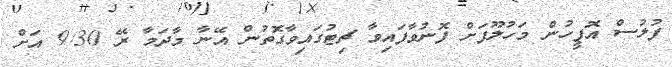
ފުލުސް އޮފީހުން މަހުލޫފަށް ފޮނުވާފައިވާ ޗިޓުގައިވާގޮތުން އޭނާ މާދަމާ ރޭ 9:30 އަށް